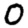
Digit: 0